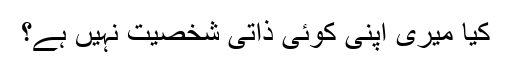
کیا میری اپنی کوئی ذاتی شخصیت نہیں ہے؟